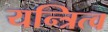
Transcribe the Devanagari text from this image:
यन्त्रित्व